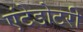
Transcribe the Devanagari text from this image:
एंटेडोटरी